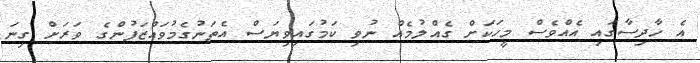
އެ ހާދިސާގައި އެއްވެސް މީހަކަށް ގެއްލުމެއް ނުވި ކަމުގައިވިޔަސް އެތަނުގެމުވައްޒަފުންގެ ވަރަށް ގިނަ